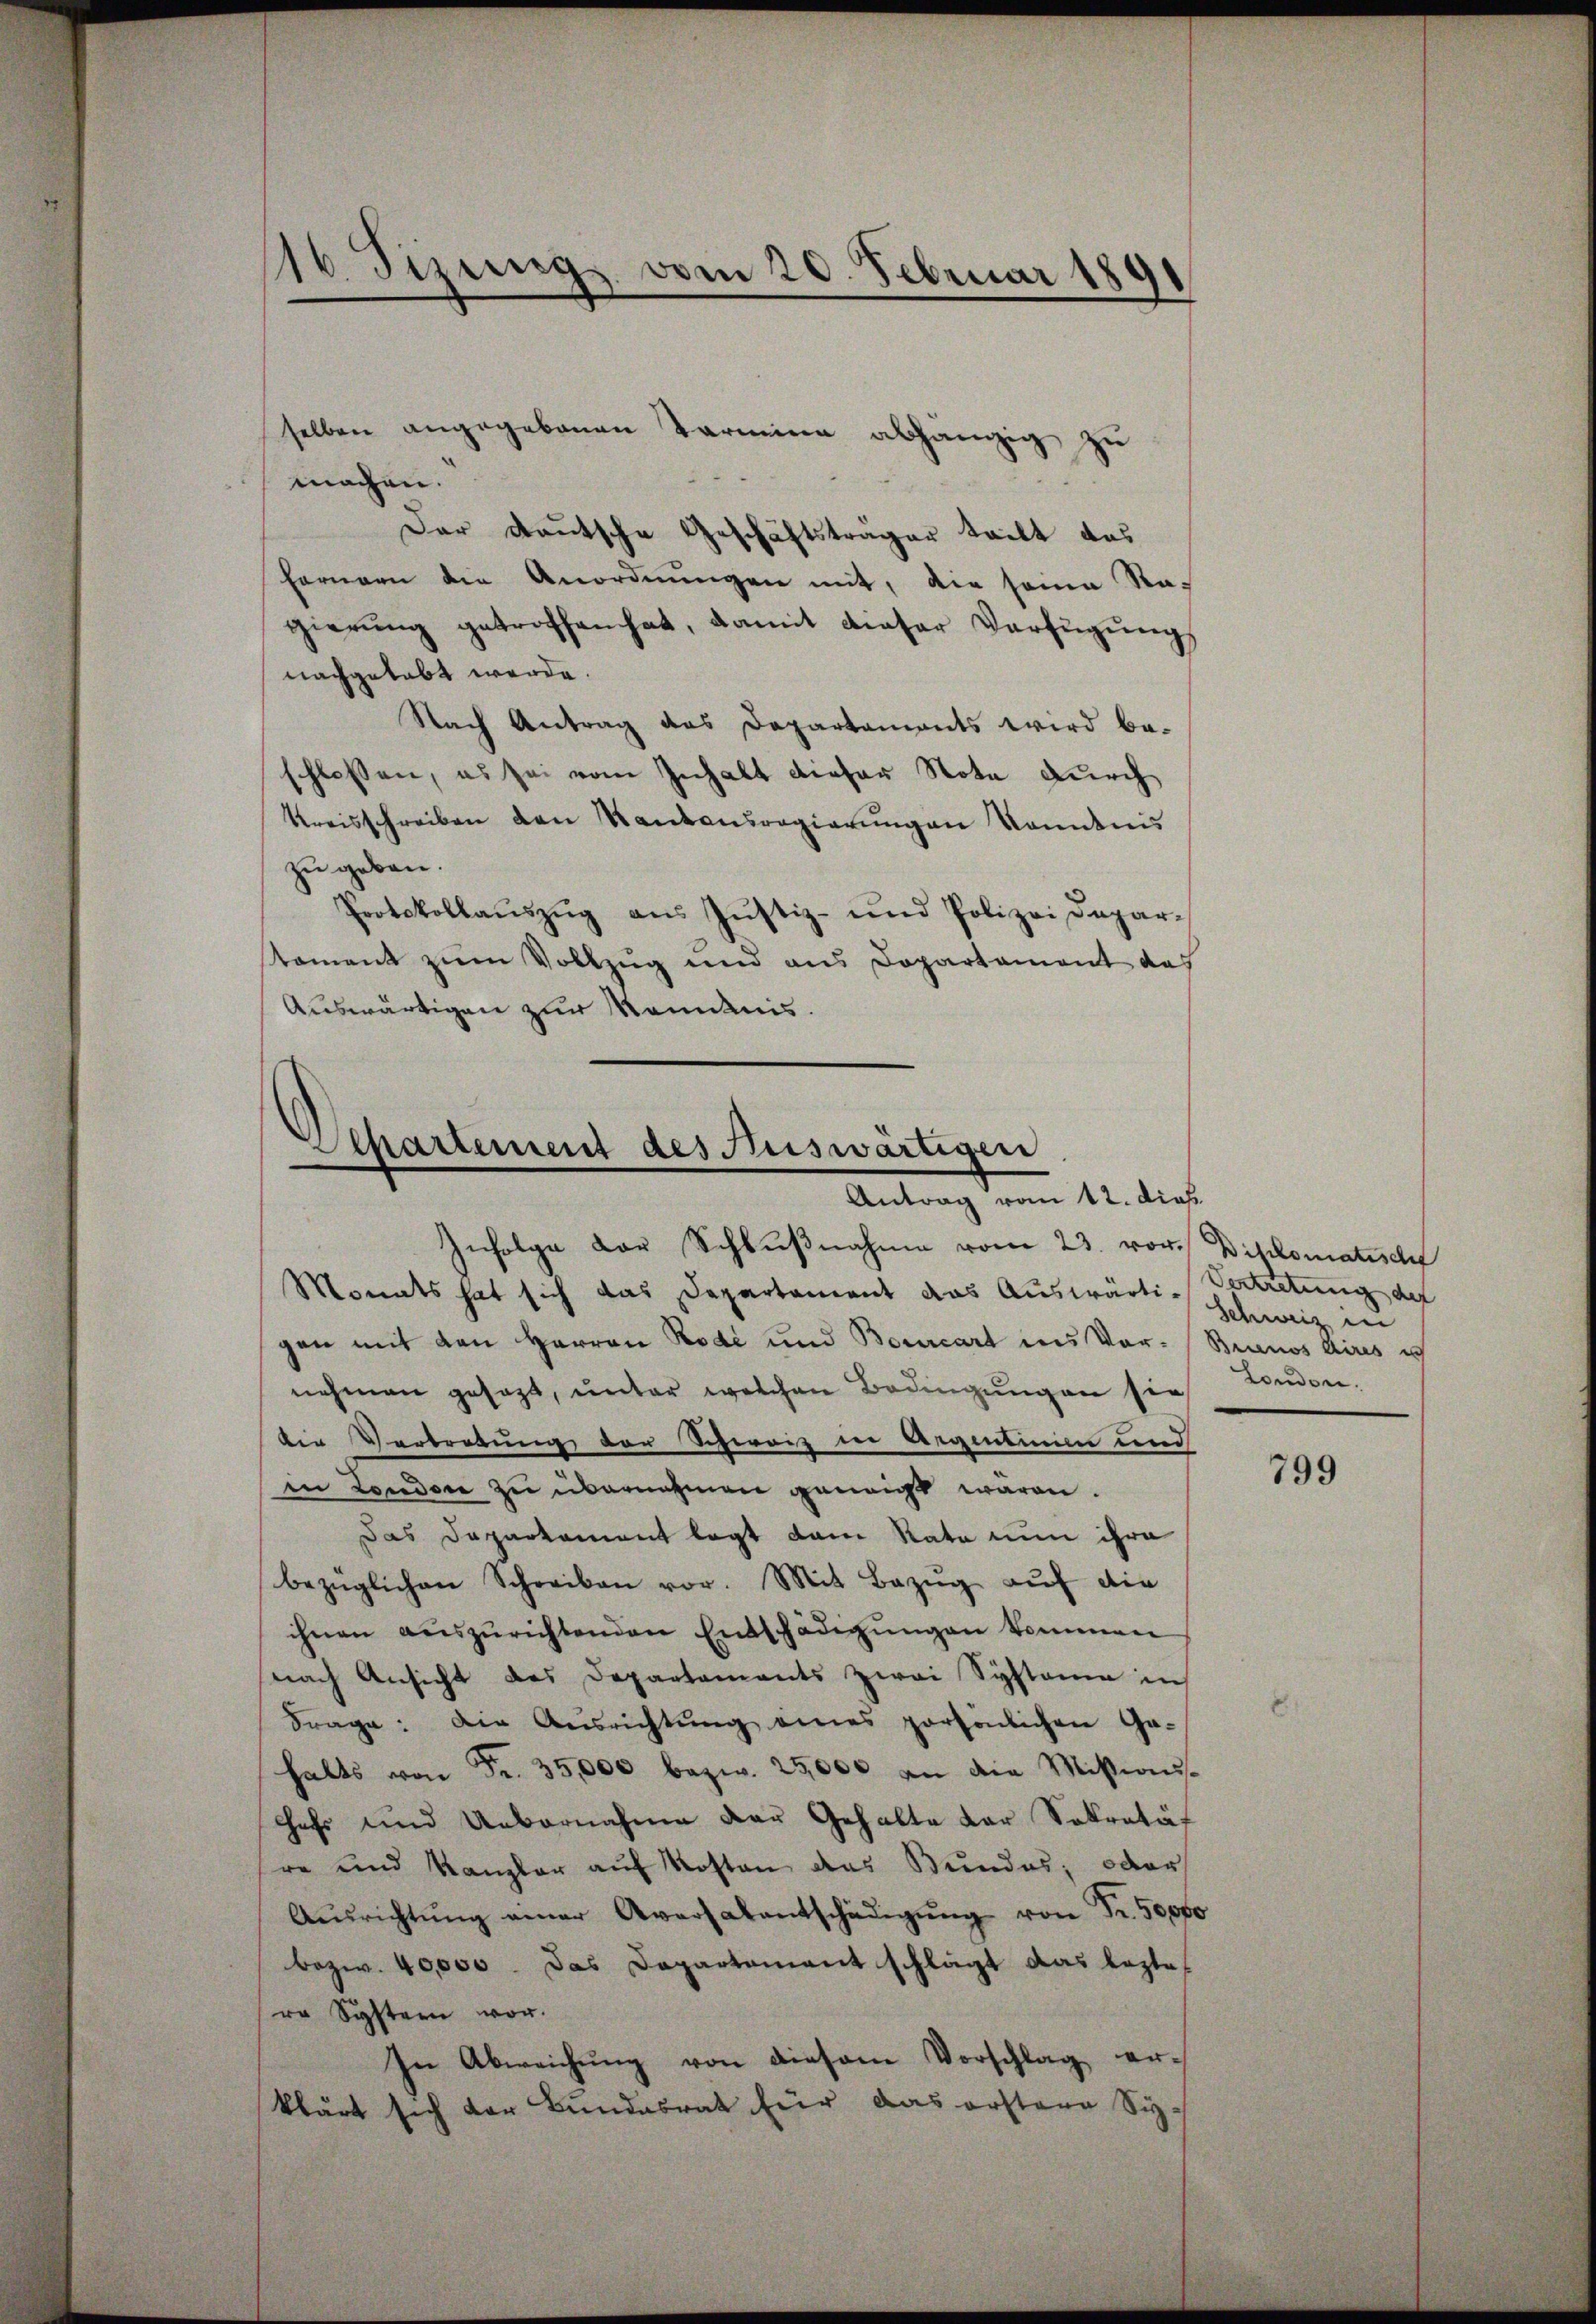
16. Sizungs vom 20. Februar 189
.

selben angegebenen Termien abhängig zu
machen.
Der deutsche Geschäftsträger teilt das
Farnern die Anordnŭngen mit, die seine Ragierung getroffen hat, damit dieser Verfügung
nachgehabt werde.
Nach Antrag das Departaments wird be-
schlossen, es sei vom Inhalt dieser Note durch
Kreisschreiben den Kantonsregierŭngen kanntnis
zu geben.
Protokollauszug aus Justiz- und Polizei Deparstament zum Vollzug und aus Dopartament das
Auswärtigen zur Mondnis.

Departement des Auswärtigen
Antrag vom 12. dieß.
Infolge der Schlŭβnahme vom 23. vor. Diplomatisch

Monats hat sich das Departament das Auswärti-
gen mit den Herren Rode und Bourcart ins Vor- Brinos Aires is
nehmen gesagt, unter welchen Bedingungen sie
der Vertretung der Schwarz in Aegentinim und
in London zu übernahmen geneigt wären.
Das Daparkament legt dem Rate nun ihre
bezüglichen Schreiben vor. Mit Bezŭg aŭf die
ihnen aŭszŭrichtenden Entschädigŭngen kommen
nach Ansicht des Departements zwei Systemen in
Frage: Die Aŭsrichtŭng eines persönlichen Ge-
halts von Fr. 35,000 bezw. 25,000 an die Missions-
Chefs und Uebernahme der Gehalte der Sokratät
re und Kanzler aŭf Kosten das Bundes, oder
Aŭsrichtŭng einer Aversalentschädigŭng von Fr. 50000
bezw. 40,000. Das Departement schlägt das leztes
re Systern vor.
In Abweichung von diesem Vorschlag erklärt sich der Bundesrat für das erstere Si¬

Vertretung des |
Schweiz in
London.

799